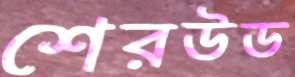
শেরউড